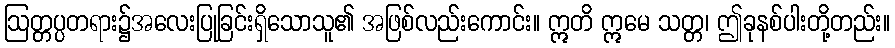
ဩတ္တပ္ပတရား၌အလေးပြုခြင်းရှိသောသူ၏ အဖြစ်လည်းကောင်း။ ဣတိ ဣမေ သတ္တ၊ ဤခုနစ်ပါးတို့တည်း။